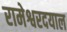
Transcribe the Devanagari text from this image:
रामेश्वरदयाल